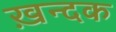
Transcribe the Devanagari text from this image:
ख़न्दक